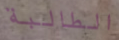
الطالبة